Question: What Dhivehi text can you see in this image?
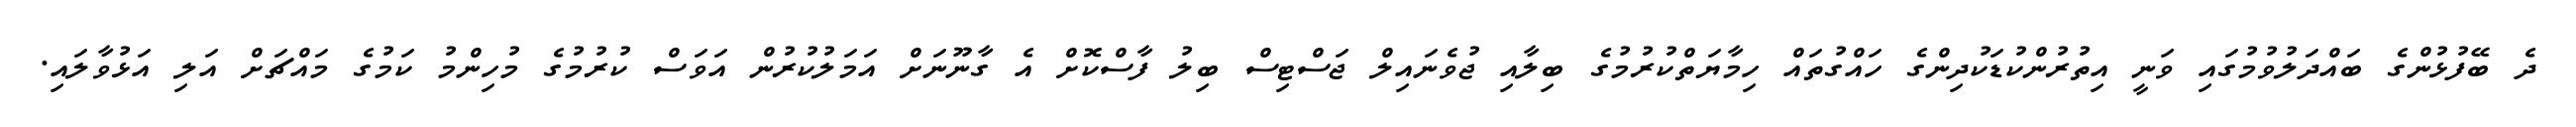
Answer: ދެ ބޭފުޅުންގެ ބައްދަލުވުމުގައި ވަނީ އިތުރުންކުޑަކުދިންގެ ހައްގުތައް ހިމާޔަތްކުރުމުގެ ބިލާއި ޖުވެނައިލް ޖަސްޓިސް ބިލު ފާސްކޮށް އެ ގާނޫނަށް އަމަލުކުރުން އަވަސް ކުރުމުގެ މުހިންމު ކަމުގެ މައްޗަށް އަލި އަޅުވާލައި.